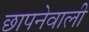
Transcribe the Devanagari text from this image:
छापनेवाली